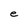
Character: e